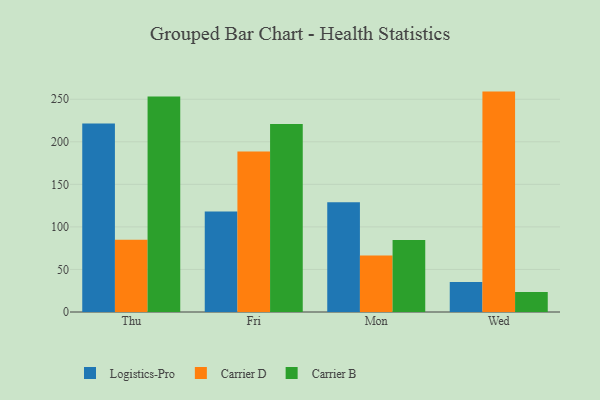
{"axis": {"x": "Day", "y": "Gross Profit (USD K)"}, "legend": ["Carrier B", "Carrier D", "Logistics-Pro"], "data": [{"x": "Thu", "y": 221.5, "type": "Logistics-Pro"}, {"x": "Thu", "y": 84.9, "type": "Carrier D"}, {"x": "Thu", "y": 253.3, "type": "Carrier B"}, {"x": "Fri", "y": 118.1, "type": "Logistics-Pro"}, {"x": "Fri", "y": 188.6, "type": "Carrier D"}, {"x": "Fri", "y": 220.8, "type": "Carrier B"}, {"x": "Mon", "y": 129.1, "type": "Logistics-Pro"}, {"x": "Mon", "y": 66.5, "type": "Carrier D"}, {"x": "Mon", "y": 84.6, "type": "Carrier B"}, {"x": "Wed", "y": 35.4, "type": "Logistics-Pro"}, {"x": "Wed", "y": 259.0, "type": "Carrier D"}, {"x": "Wed", "y": 23.4, "type": "Carrier B"}]}